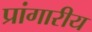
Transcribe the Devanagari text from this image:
प्रांगारीय